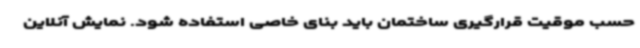
حسب موقیت قرارگیری ساختمان باید بنای خاصی استفاده شود. نمایش آنلاین